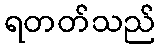
ရတတ်သည်